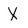
Character: X